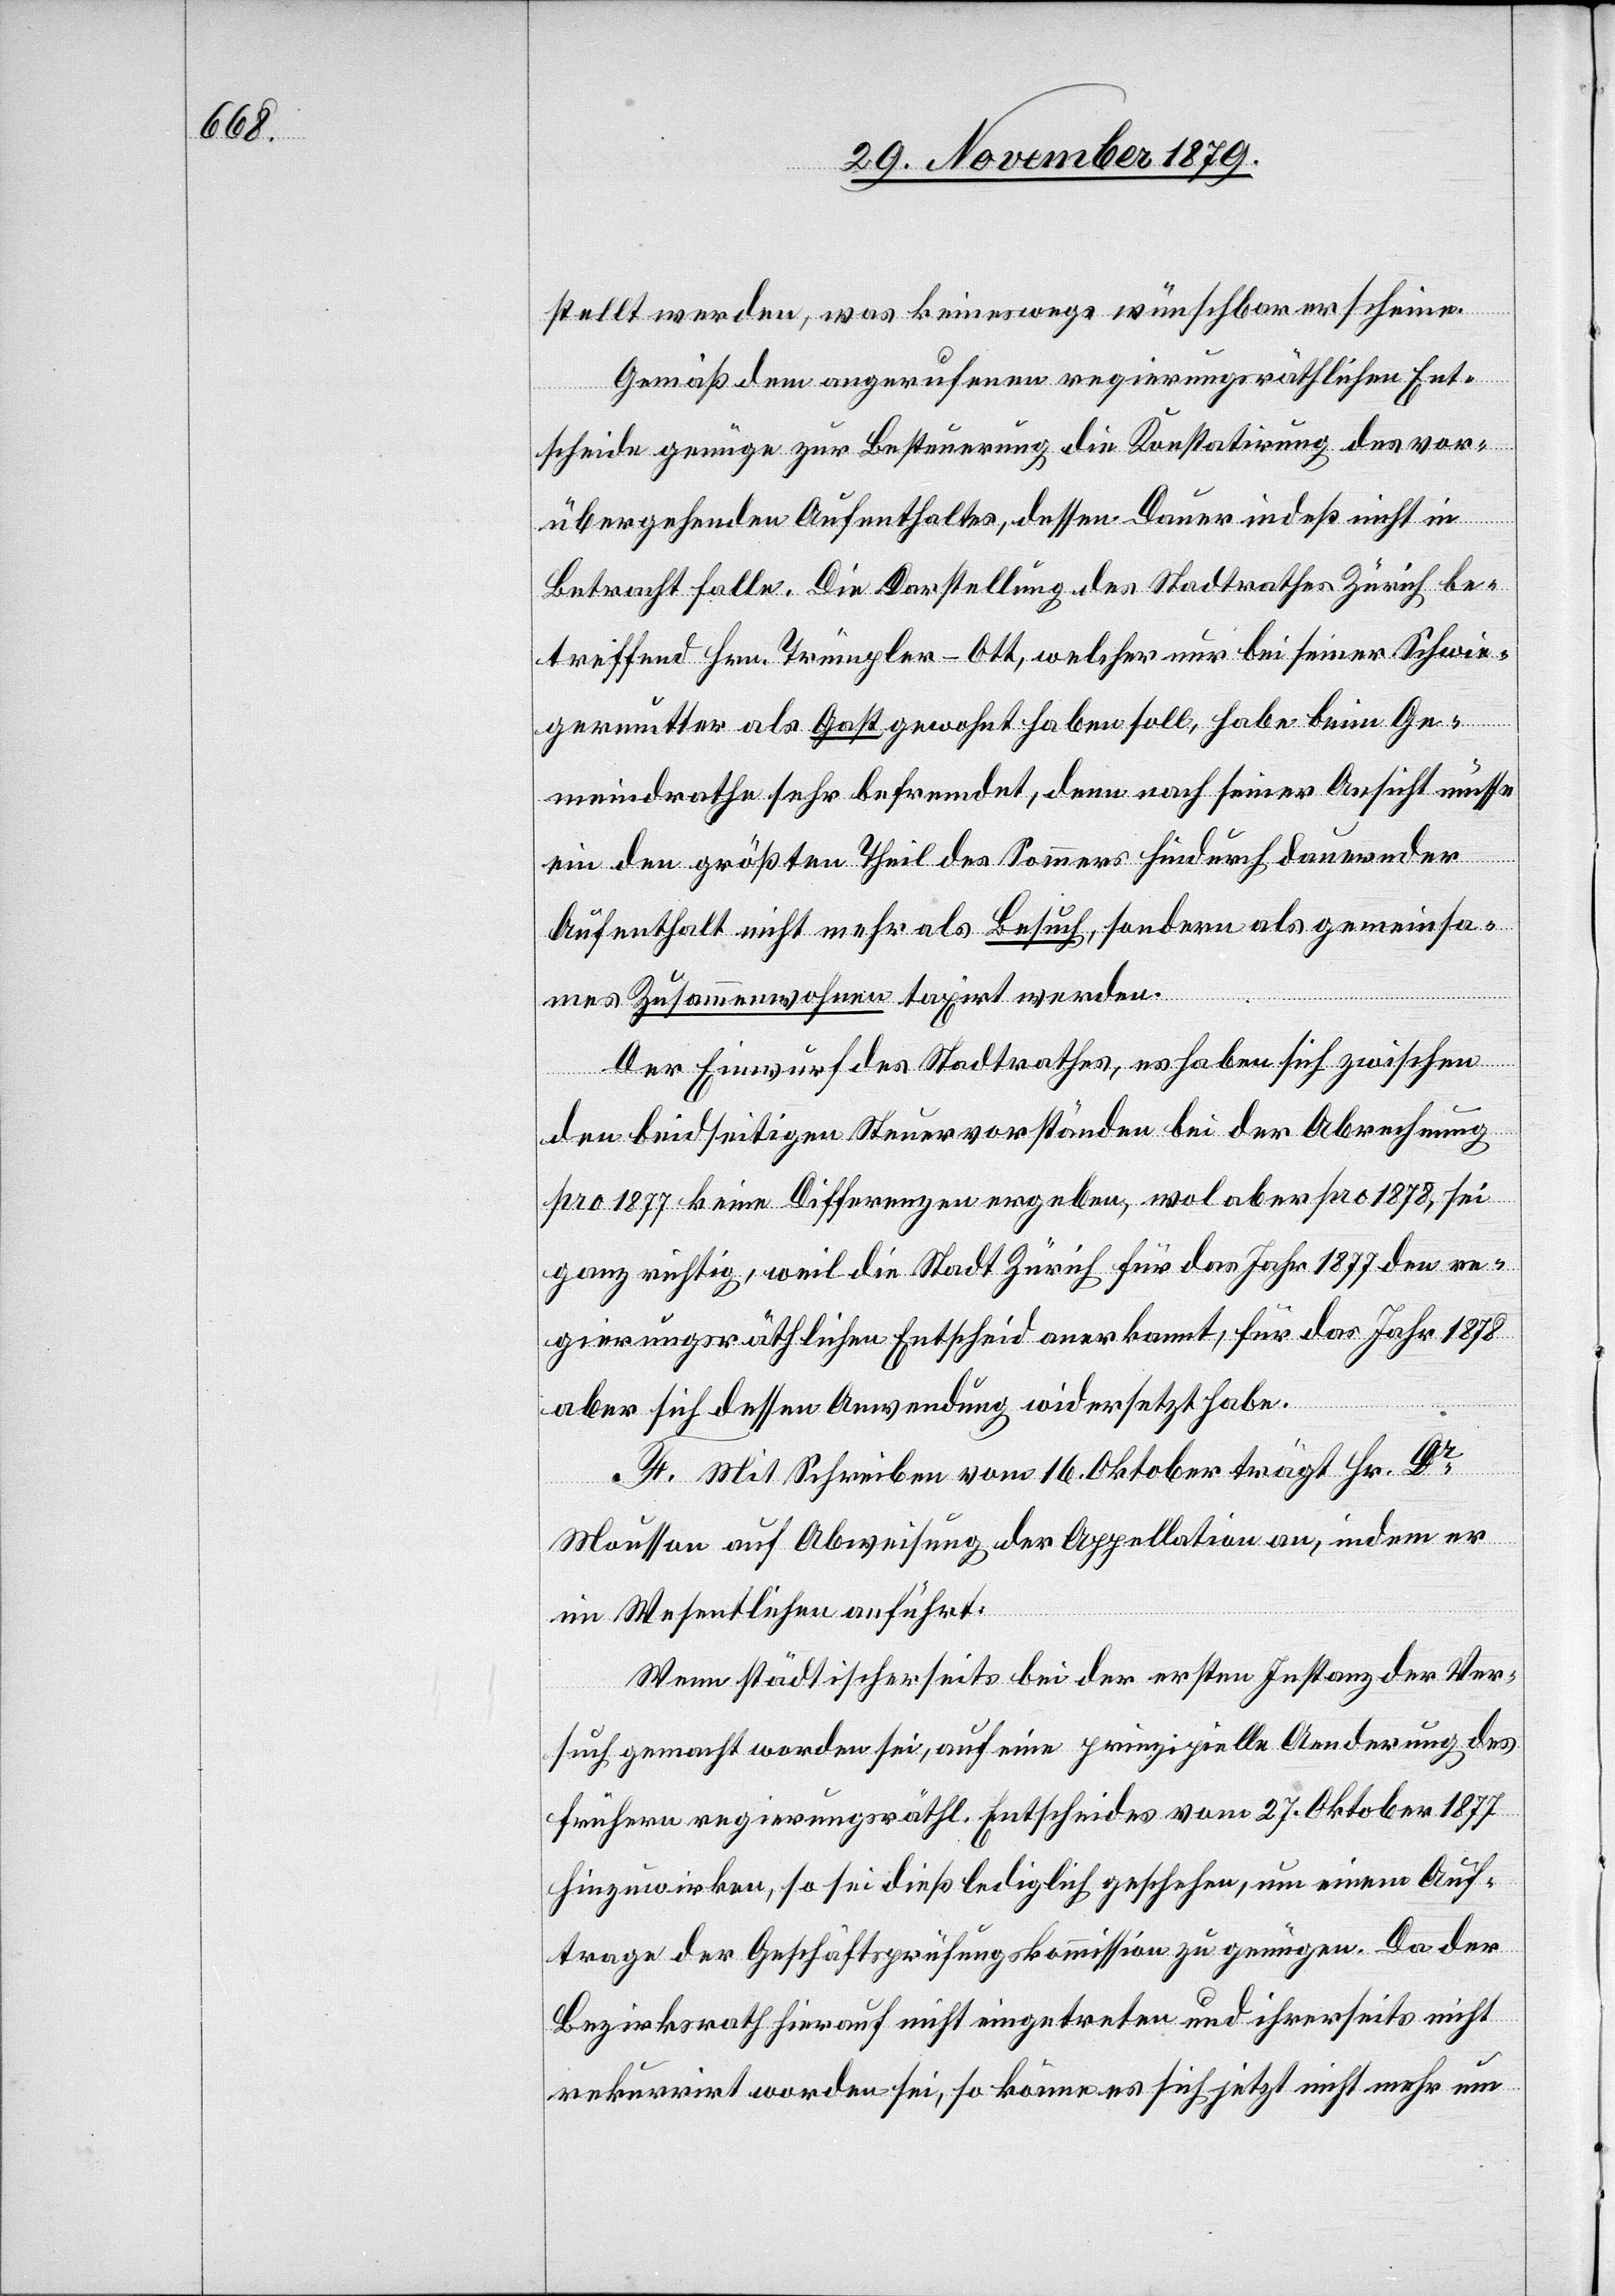
stellt werden, was keineswegs wünschbar erscheine.
Gemäß dem angerufenen regierungsräthlichen Ent¬
scheide genüge zur Besteuerung die Konstatirung des vor¬
übergehenden Aufenthaltes, dessen Dauer indeß nicht in
Betracht falle. Die Darstellung des Stadtrathes Zürich be¬
treffend Hrn. Trümpler-Ott, welcher nur bei seiner Schwie¬
germutter als Gast gewohnt haben soll, habe beim Ge¬
meindrathe sehr befremdet, denn nach seiner Ansicht müsse
ein den größten Theil des Sommers hindurch dauernder
Aufenthalt nicht mehr als Besuch, sondern als gemeinsa¬
mes Zusammenwohnen taxirt werden.
Der Einwurf des Stadtrathes, es haben sich zwischen
den beidseitigen Steuervorständen bei der Abrechnung
pro 1877 keine Differenzen ergeben, wol aber pro 1878, sei
ganz richtig, weil die Stadt Zürich für das Jahr 1877 den re¬
gierungsräthlichen Entscheid anerkannt, für das Jahr 1878
aber sich dessen Anwendung widersetzt habe.
F. Mit Schreiben vom 16. Oktober trägt Hr. Dr
Mousson auf Abweisung der Appellation an, indem er
im Wesentlichen anführt:
Wenn städtischerseits bei der ersten Instanz der Ver¬
such gemacht worden sei, auf eine prinzipielle Aenderung des
frühern regierungsräthl. Entscheides vom 27. Oktober 1877
hinzuwirken, so sei dieß lediglich geschehen, um einem Auf¬
trage der Geschäftsprüfungskommission zu genügen. Da der
Bezirksrath hierauf nicht eingetreten und ihrerseits nicht
rekurrirt worden sei, so könne es sich jetzt nicht mehr um